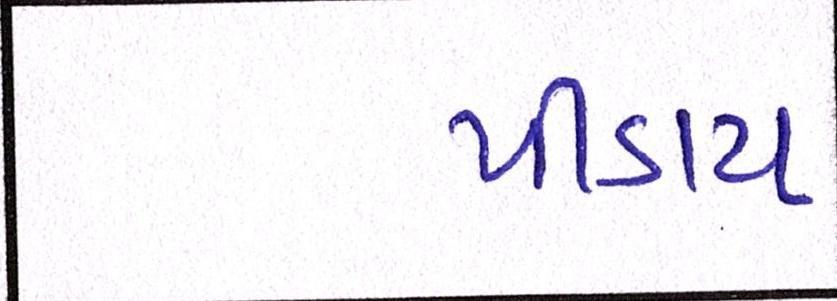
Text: પીડાય